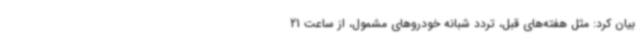
بیان کرد: مثل هفته‌های قبل، تردد شبانه خودروهای مشمول، از ساعت 21